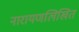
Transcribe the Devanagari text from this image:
नारायणलिखित